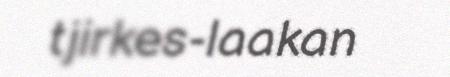
tjirkes-laakan